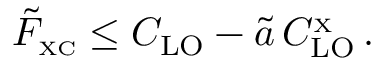
\tilde { F } _ { \scriptscriptstyle \mathrm { X C } } \leq C _ { \mathrm { L O } } - \tilde { a } \, C _ { \mathrm { L O } } ^ { _ { \scriptscriptstyle \mathrm { X } } } \, .